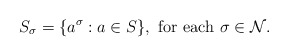
\begin{align*}S_{\sigma}=\{a^{\sigma}: a\in S\}, \mbox{ for each } \sigma\in\mathcal{N}.\end{align*}